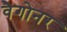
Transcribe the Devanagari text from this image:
वैगोनर